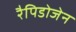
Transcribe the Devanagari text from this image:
रैपिडोजेन